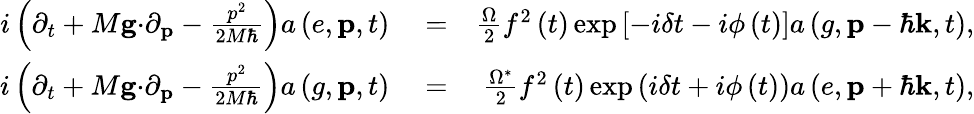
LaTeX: \begin{array}{rlr}{i\left(\partial_{t}+M\mathbf{g\cdot}\partial_{\mathbf{p}}-\frac{p^{2}}{2M\hbar}\right)a\left(e,\mathbf{p},t\right)}&{{}=}&{\frac{\Omega}{2}f^{2}\left(t\right)\exp\left[-i\delta t-i\phi\left(t\right)\right]a\left(g,\mathbf{p}-\hbar\mathbf{k},t\right),}\\ {i\left(\partial_{t}+M\mathbf{g\cdot}\partial_{\mathbf{p}}-\frac{p^{2}}{2M\hbar}\right)a\left(g,\mathbf{p},t\right)}&{{}=}&{\frac{\Omega^{\ast}}{2}f^{2}\left(t\right)\exp\left(i\delta t+i\phi\left(t\right)\right)a\left(e,\mathbf{p}+\hbar\mathbf{k},t\right),}\end{array}